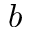
b